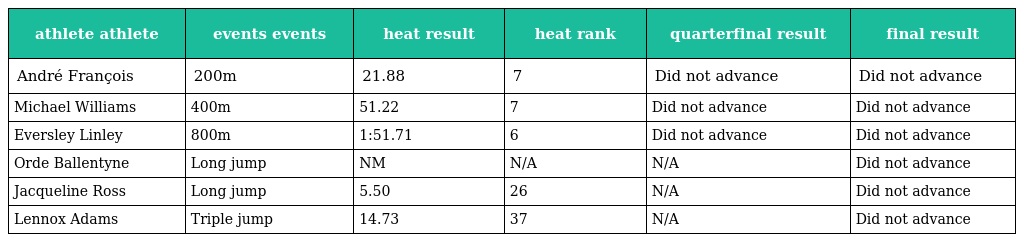
| athlete athlete | events events | heat result | heat rank | quarterfinal result | final result |
 | --- | --- | --- | --- | --- | --- |
 | André François | 200m | 21.88 | 7 | Did not advance | Did not advance |
 | Michael Williams | 400m | 51.22 | 7 | Did not advance | Did not advance |
 | Eversley Linley | 800m | 1:51.71 | 6 | Did not advance | Did not advance |
 | Orde Ballentyne | Long jump | NM | N/A | N/A | Did not advance |
 | Jacqueline Ross | Long jump | 5.50 | 26 | N/A | Did not advance |
 | Lennox Adams | Triple jump | 14.73 | 37 | N/A | Did not advance |